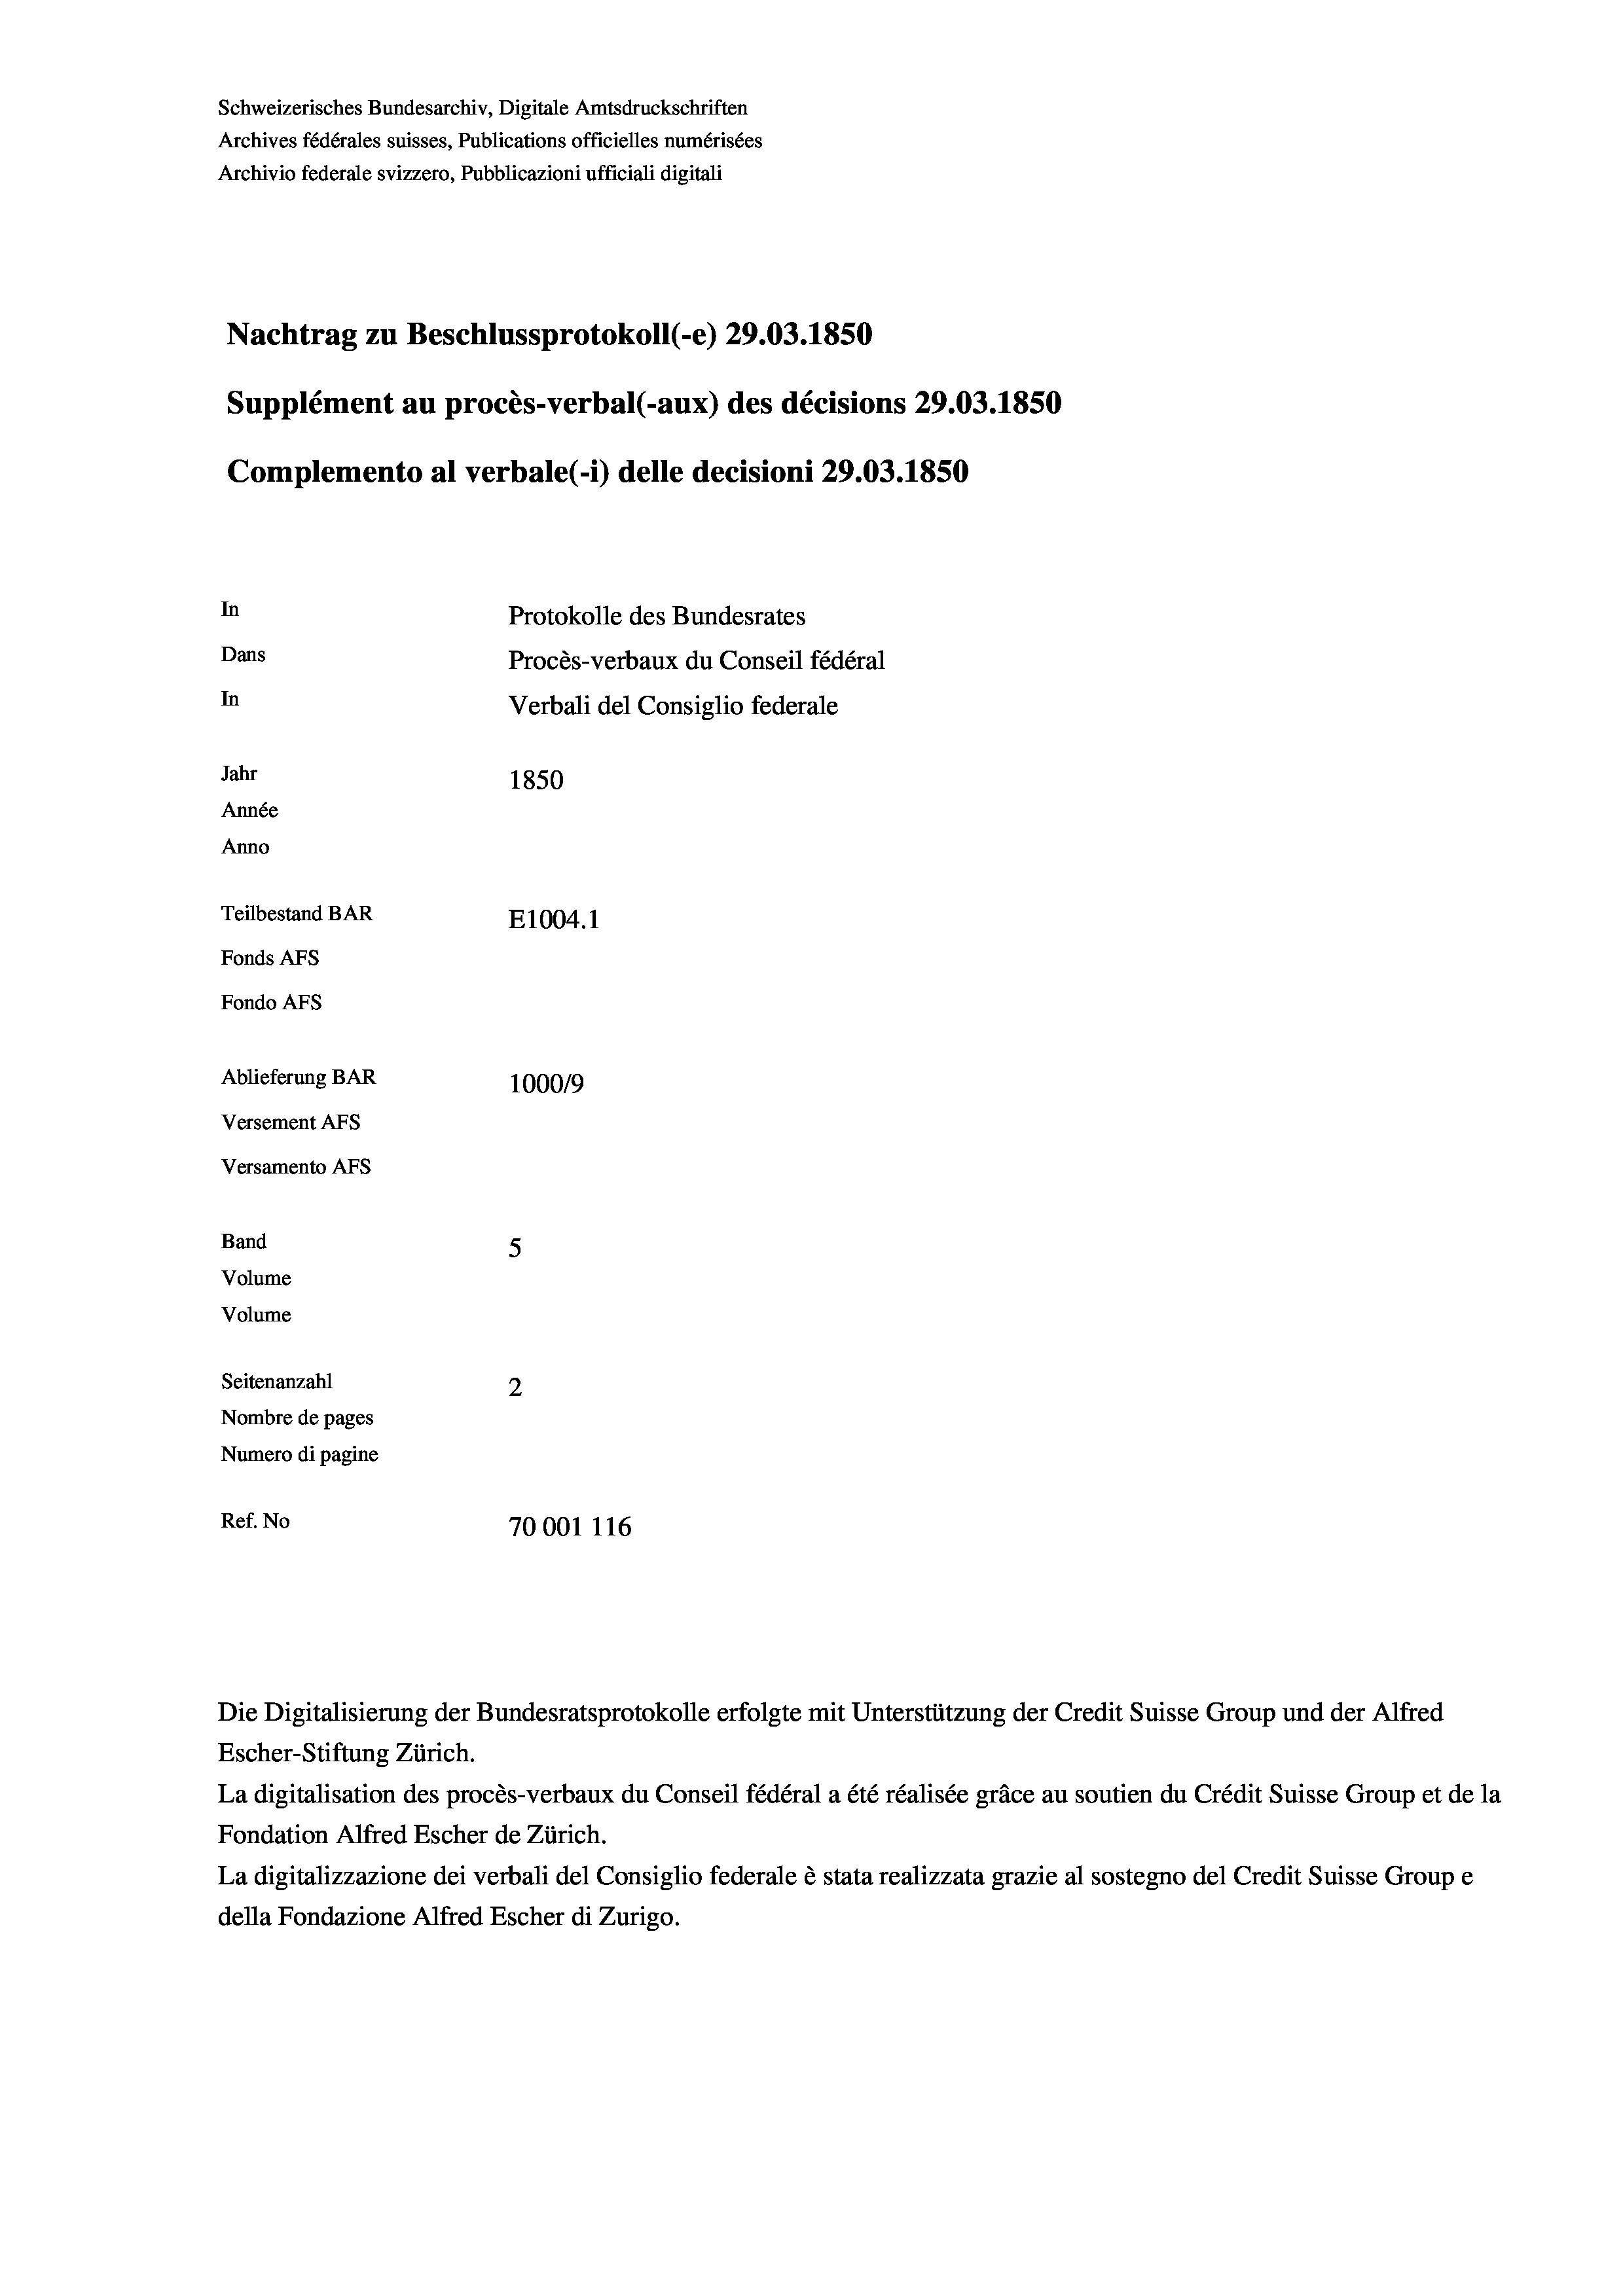
Schweizerisches Bundesarchiv, Digitale Amtsdruckschriften
Archives fédérales suisses, Publications officielles numérisées
Archivio federale svizzero, Pubblicazioni ufficiali digitali
Nachtrag zu Beschlussprotokoll (-e) 29.03. 1850
Supplément au procès-verbal (-aux) des décisions 29.03. 1850
Complemento al verbale(-*) delle decisioni 29.03. 1850
In
Protokolle des Bundesrates
Dans
Procès-verbaux du Conseil fédéral
In
Verbali del Consiglio federale
Jahr
1850
Année
Anno
Teilbestand BAR
E1004.1
Fonds AFs
Fondo Afs
Ablieferung BAR
100019
Versement AFs
Versamento AFS
Band
5
Volume
Volume
Seitenanzahl
2
Nombre de pages
Numero di pagine
Ref. No
70001 116

Die Digitalisierung der Bundesratsprotokolle erfolgte mit Unterstützung der Credit Suisse Group und der Alfred

La digitalisation des procès-verbaux du Conseil fédéral a été réalisée gräce au soutien du Crédit Suisse Group et de la
Fondation Alfred Escher de Zürich.
La digitalizzazione dei verbali del Consiglio federale è stata realizzata grazie al sostegno del Credit Suisse Groupe
della Fondazione Alfred Escher di Zurigo.

Escher-Stiftung Zürich.